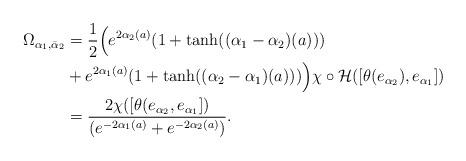
LaTeX: \begin{align*} \Omega_{\alpha_1,\bar{\alpha}_2} & = \frac{1}{2}\Big{(}e^{2\alpha_2(a)}(1+\tanh((\alpha_1-\alpha_2)(a))) \\ & +e^{2\alpha_1(a)}(1+\tanh((\alpha_2-\alpha_1)(a))) \Big{)}\chi\circ\mathcal{H}([\theta(e_{\alpha_2}),e_{\alpha_1}]) \\& = \frac{ 2 \chi([\theta(e_{\alpha_2},e_{\alpha_1}])}{(e^{-2\alpha_1(a)}+e^{-2\alpha_2(a)})}.\end{align*}